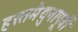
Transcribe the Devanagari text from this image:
हस्तमैथुनापूर्वी